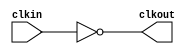
module bw_clk_cclk_inv_64x (
    clkout,
    clkin );

    output clkout;
    input  clkin;
 
    assign clkout = ~( clkin );

endmodule